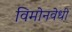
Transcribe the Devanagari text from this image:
विमोनवेधी